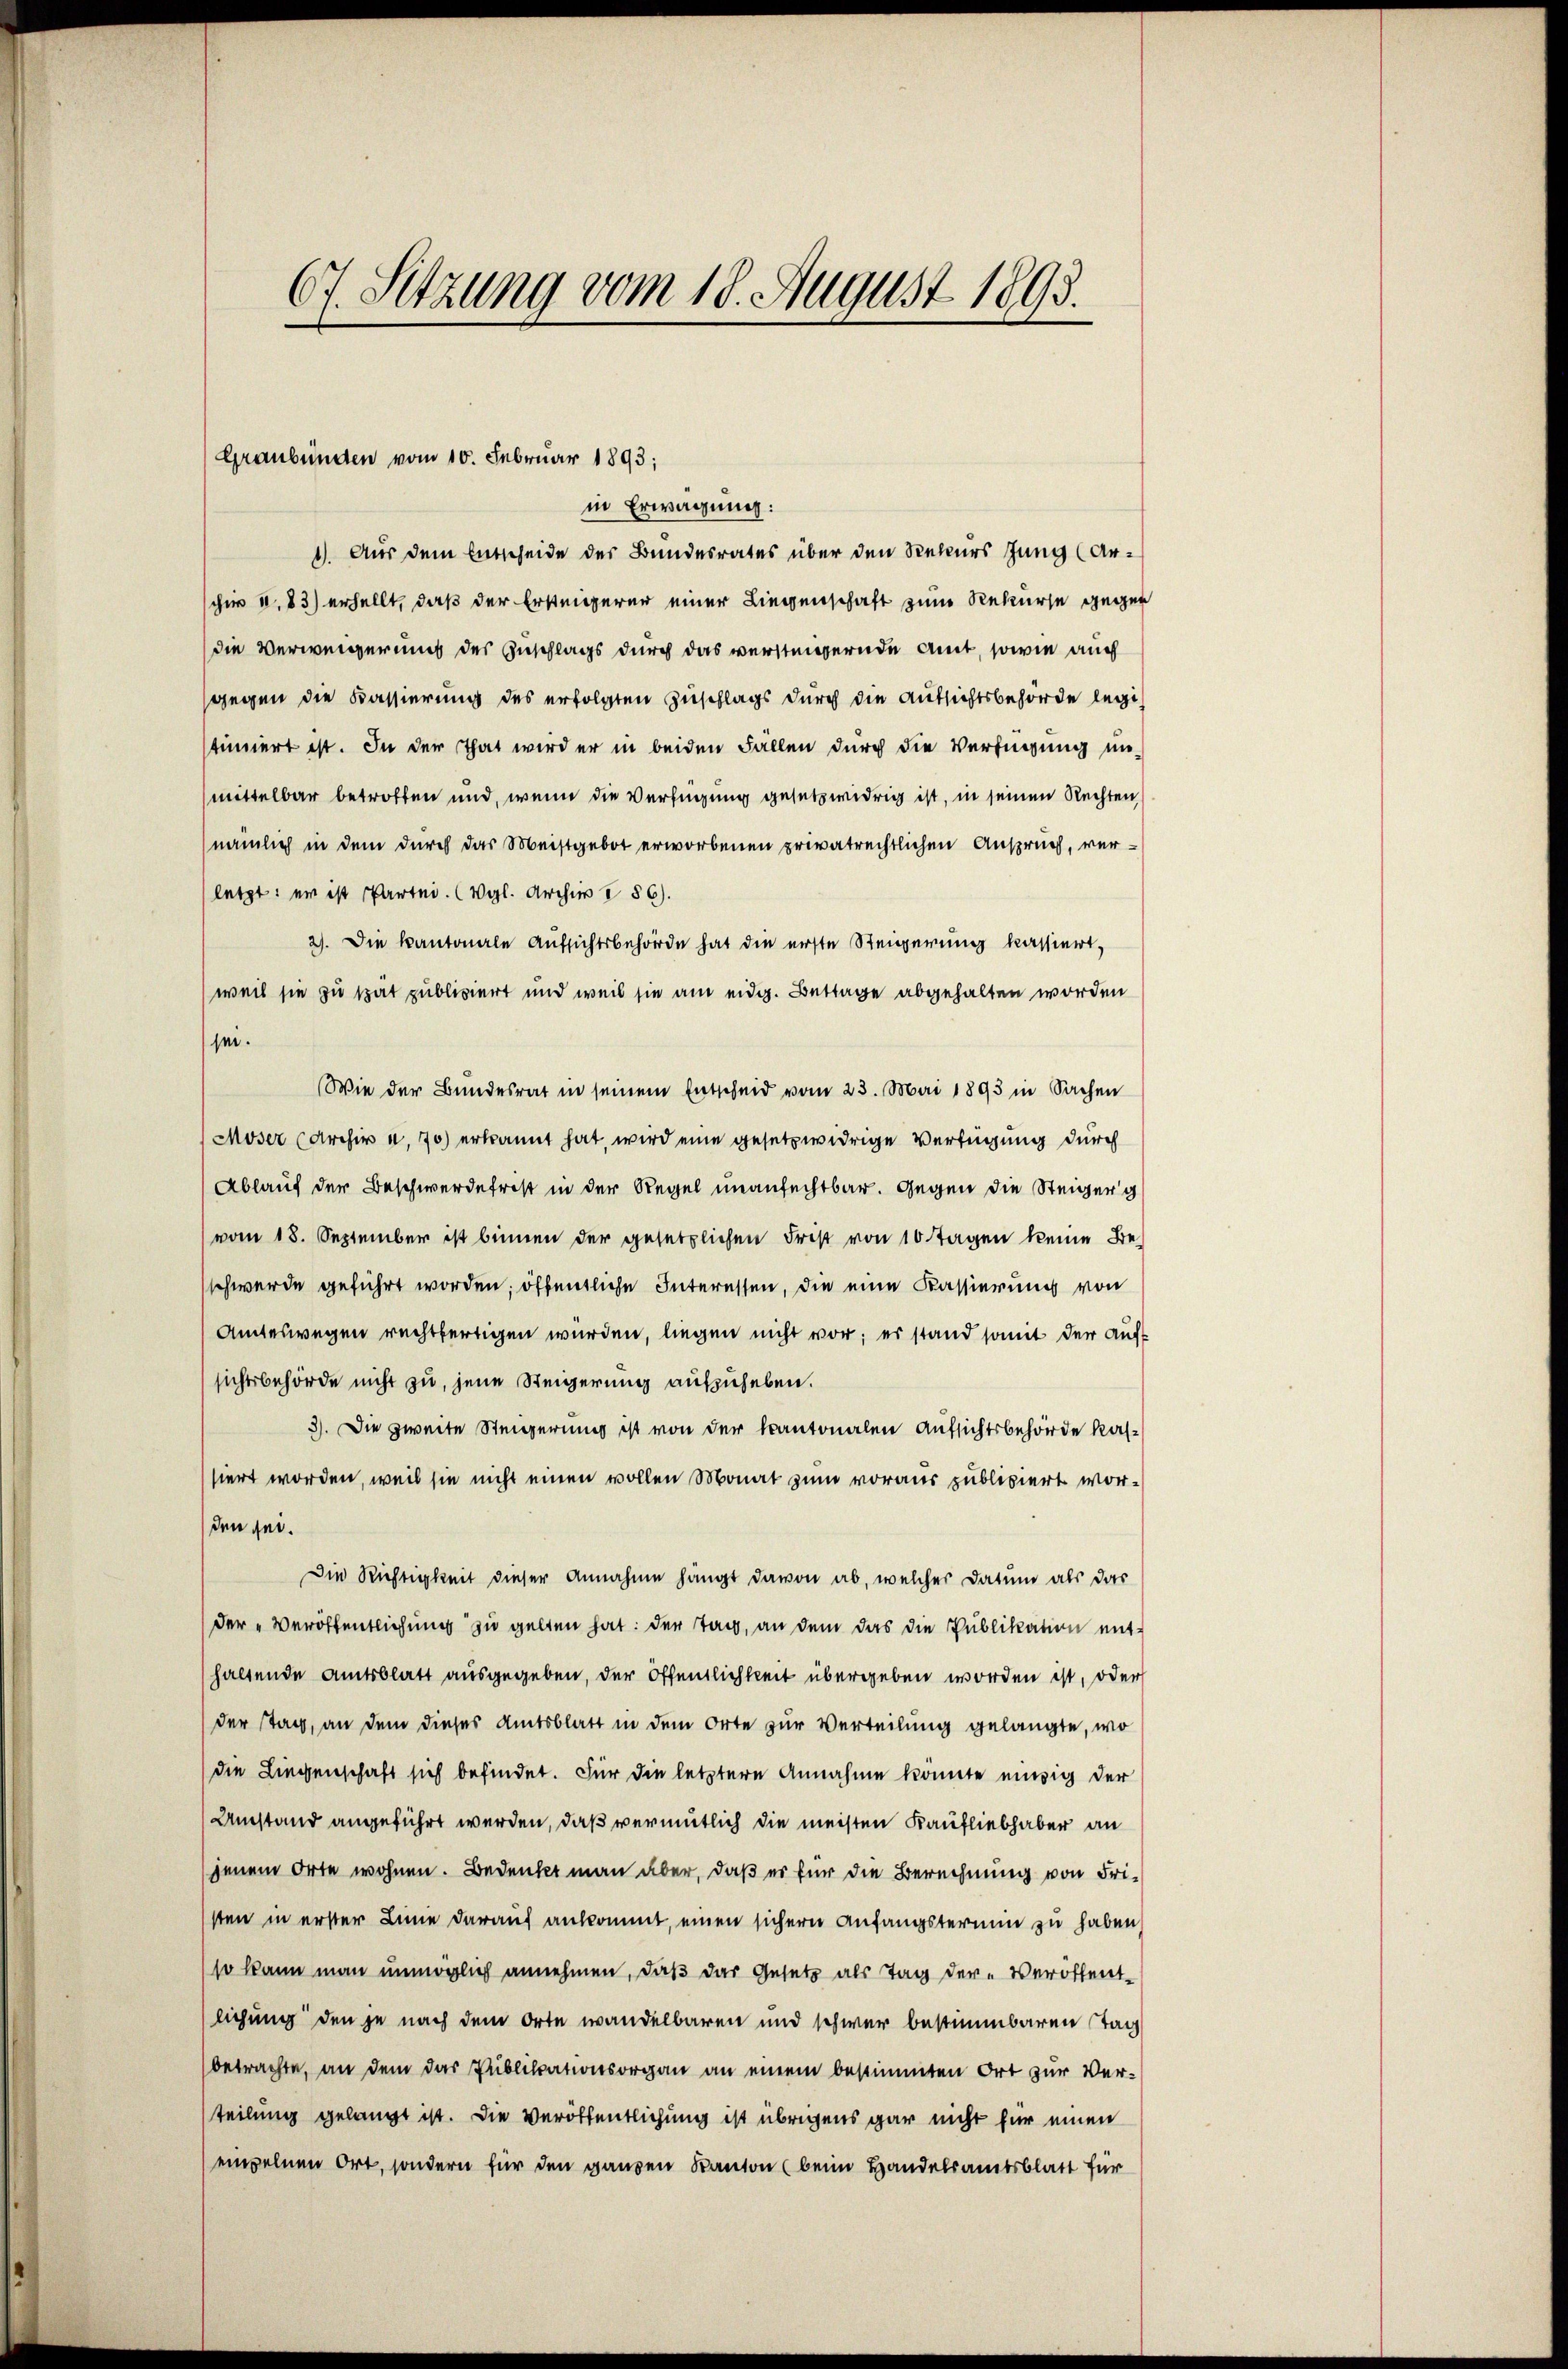
67. Sitzung vom 18. August 1893.

Graubünden vom 10. Februar 1893;
in Erwägung:

1). Aus dem Entscheide des Bundesrates über den Rekurs Jung (Archir 4,83) erhellt, daß der Ersteigerer einer Liegenschaft zum Rekurse gegen
die Verweigerung des Zuschlags durch das versteigernde Amt, sowie auch
gegen die Kassierung des erfolgten Zuschlags durch die Aufsichtsbehörde legistimmert ist. In der That wird er in beiden Fällen durch die Verfügung unmittelbar betroffen und, wenn die Verfügung gesetzwidrig ist, in seinen Rechten,
(nämlich in dem durch das Meistgebot erworbenen privatrechtlichen Anspruch, verletzt: er ist Partei. (Vgl. Archiv i86).
2). Die kantonale Aufsichtsbehörde hat die erste Steigerung kassiert,
weil sie zu that publiziert und weil sie am eidg. Bettage abgehalten worden
sei.
Wie der Bundesrat in seinem Entscheid vom 23. Mai 1893 in Sachen
Moser (Archiv u. 70) erkannt hat, wird eine gesetzwidrige Verfügung durch
Ablauf der Beschwerdefrost in der Regel unanfechtbar. Gegen die Steiger g
vom 18. September ist binnen der gesetzlichen Frist von 10 Tagen keine Be-
schwerde geführt worden; öffentliche Interessen, die eine Kassierung von
Amteswegen rechtfertigen wurden, liegen nicht vor; es stand somit der auf
sichtsbehörde nicht zu, jene Steigerung aufzuheben.
3). Die zweite Steigerung ist von der kantonalen Aufsichtsbehörde kassiert worden, weil sie nicht einen vollen Monat zum voraus publiciert worden sei.
Die Richtigkeit dieser Annahme hängt davon ab, welcher Datum als das
der „Veröffentlichung zu gelten hat: der Tag, an dem das die Publikation ent-
haltende Amtsblatt ausgegeben, der öffentlichkeit übergeben worden ist, oder
der Stag, an dem dieses Amtsblatt in dem Orte zur Verteilung gelangte, wo
die Liegenschaft sich befindet. Für die letztere Annahme konnte einzig der
Umstand angeführt werden, daß vermutlich die meisten Kaufliebhaber an
jenem Orte wohnen. Bedenkt man aber, daß es für die Berechnung von Fristen in erster Linie darauf ankommt, einen sichern Anfangsterium zu haben
so kann man unmöglich annehmen, daß das Gesetz als Tag der Veröffentlichung den je nach dem Orte wandelbaren und schwer bestimmbaren Tag
betrachte, an dem das Publikationsorgan an einem bestimmten Ort zur Verteilung gelangt ist. Die Veröffentlichung ist übrigens gar nicht für einen
empelnen Ort, sondern für den ganzen Kanton (beim Handelsamtsblatt für